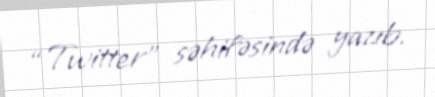
“Twitter” səhifəsində yazıb.